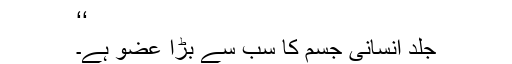
‘‘
جلد انسانی جسم کا سب سے بڑا عضو ہے۔